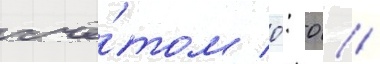
счё́том 0: 0 //